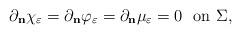
LaTeX: \begin{align*} \partial_{\bf{n}} \chi_{\varepsilon} = \partial_{\bf{n}} \varphi_{\varepsilon} = \partial_{\bf{n}} \mu_{\varepsilon} = 0 \ \ \textrm{on $\Sigma$,}\end{align*}